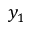
y _ { 1 }